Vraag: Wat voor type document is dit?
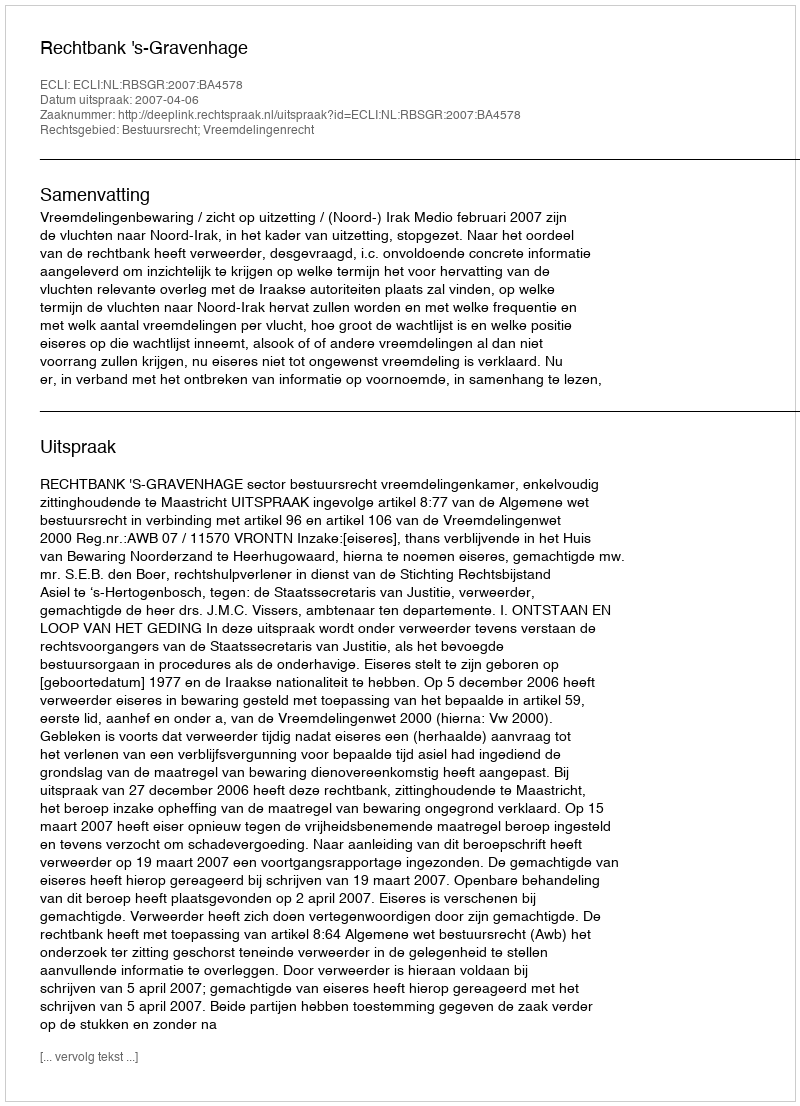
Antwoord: Uitspraak